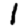
Digit: 1